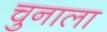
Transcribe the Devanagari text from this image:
चुनाला